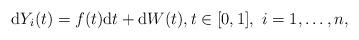
LaTeX: \begin{align*}\mathrm{d}Y_{i}(t)=f(t)\mathrm{d}t+\mathrm{d}W(t), t \in [0,1], \ i=1,\ldots,n,\end{align*}